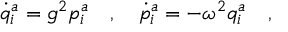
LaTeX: \dot { q } _ { i } ^ { a } = g ^ { 2 } p _ { i } ^ { a } \ \ \ , \ \ \ \dot { p } _ { i } ^ { a } = - \omega ^ { 2 } q _ { i } ^ { a } \ \ \ ,